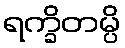
ရက္ခိတမ္ပိ